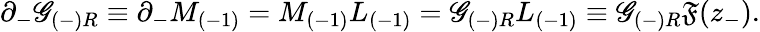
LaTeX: \partial_{-}\mathscr{G}_{(-)R}\equiv\partial_{-}M_{(-1)}=M_{(-1)}L_{(-1)}=\mathscr{G}_{(-)R}L_{(-1)}\equiv\mathscr{G}_{(-)R}{\mathfrak{F}}(z_{-}).